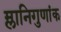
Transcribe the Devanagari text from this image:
म्लानिगुणांक